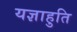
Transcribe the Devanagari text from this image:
यज्ञाहुति